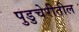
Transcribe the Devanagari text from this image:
पुडुचेरीतील